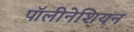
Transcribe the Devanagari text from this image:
पॉलीनेशियन